画像に写った文字を読んでください
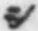
「シ」と書いてあります